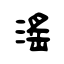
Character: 滛